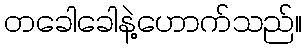
တခေါခေါနဲ့ဟောက်သည်။